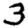
Digit: 3